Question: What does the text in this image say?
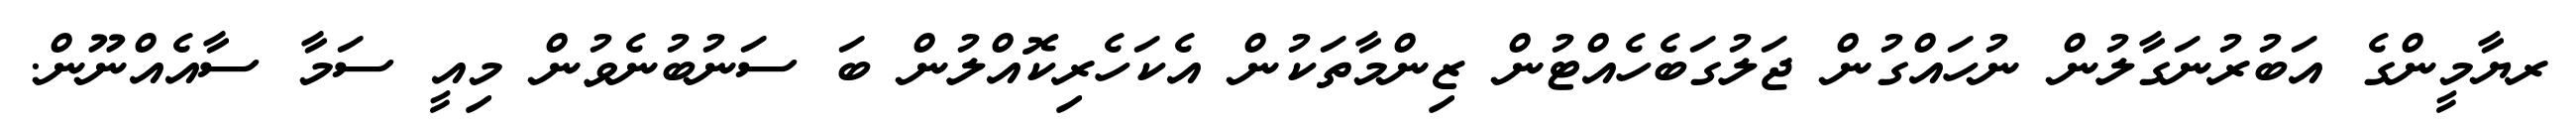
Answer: ރޔާމީންގެ އަބުރުނަގާލުން ނުހައްގުން ޖަލުގަބެހެއްޓުން ޒިންމާތަކުން އެކަހެރިކޮއްލުން ބަ ސަނުބުނެވުން މިއީ ސަމާ ސާއެއްނޫން.